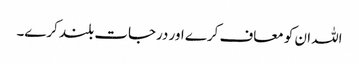
اللہ ان کو معاف کرے اور درجات بلند کرے۔